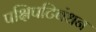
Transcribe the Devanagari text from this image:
पक्षिपटिबंधन